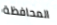
المحافظة